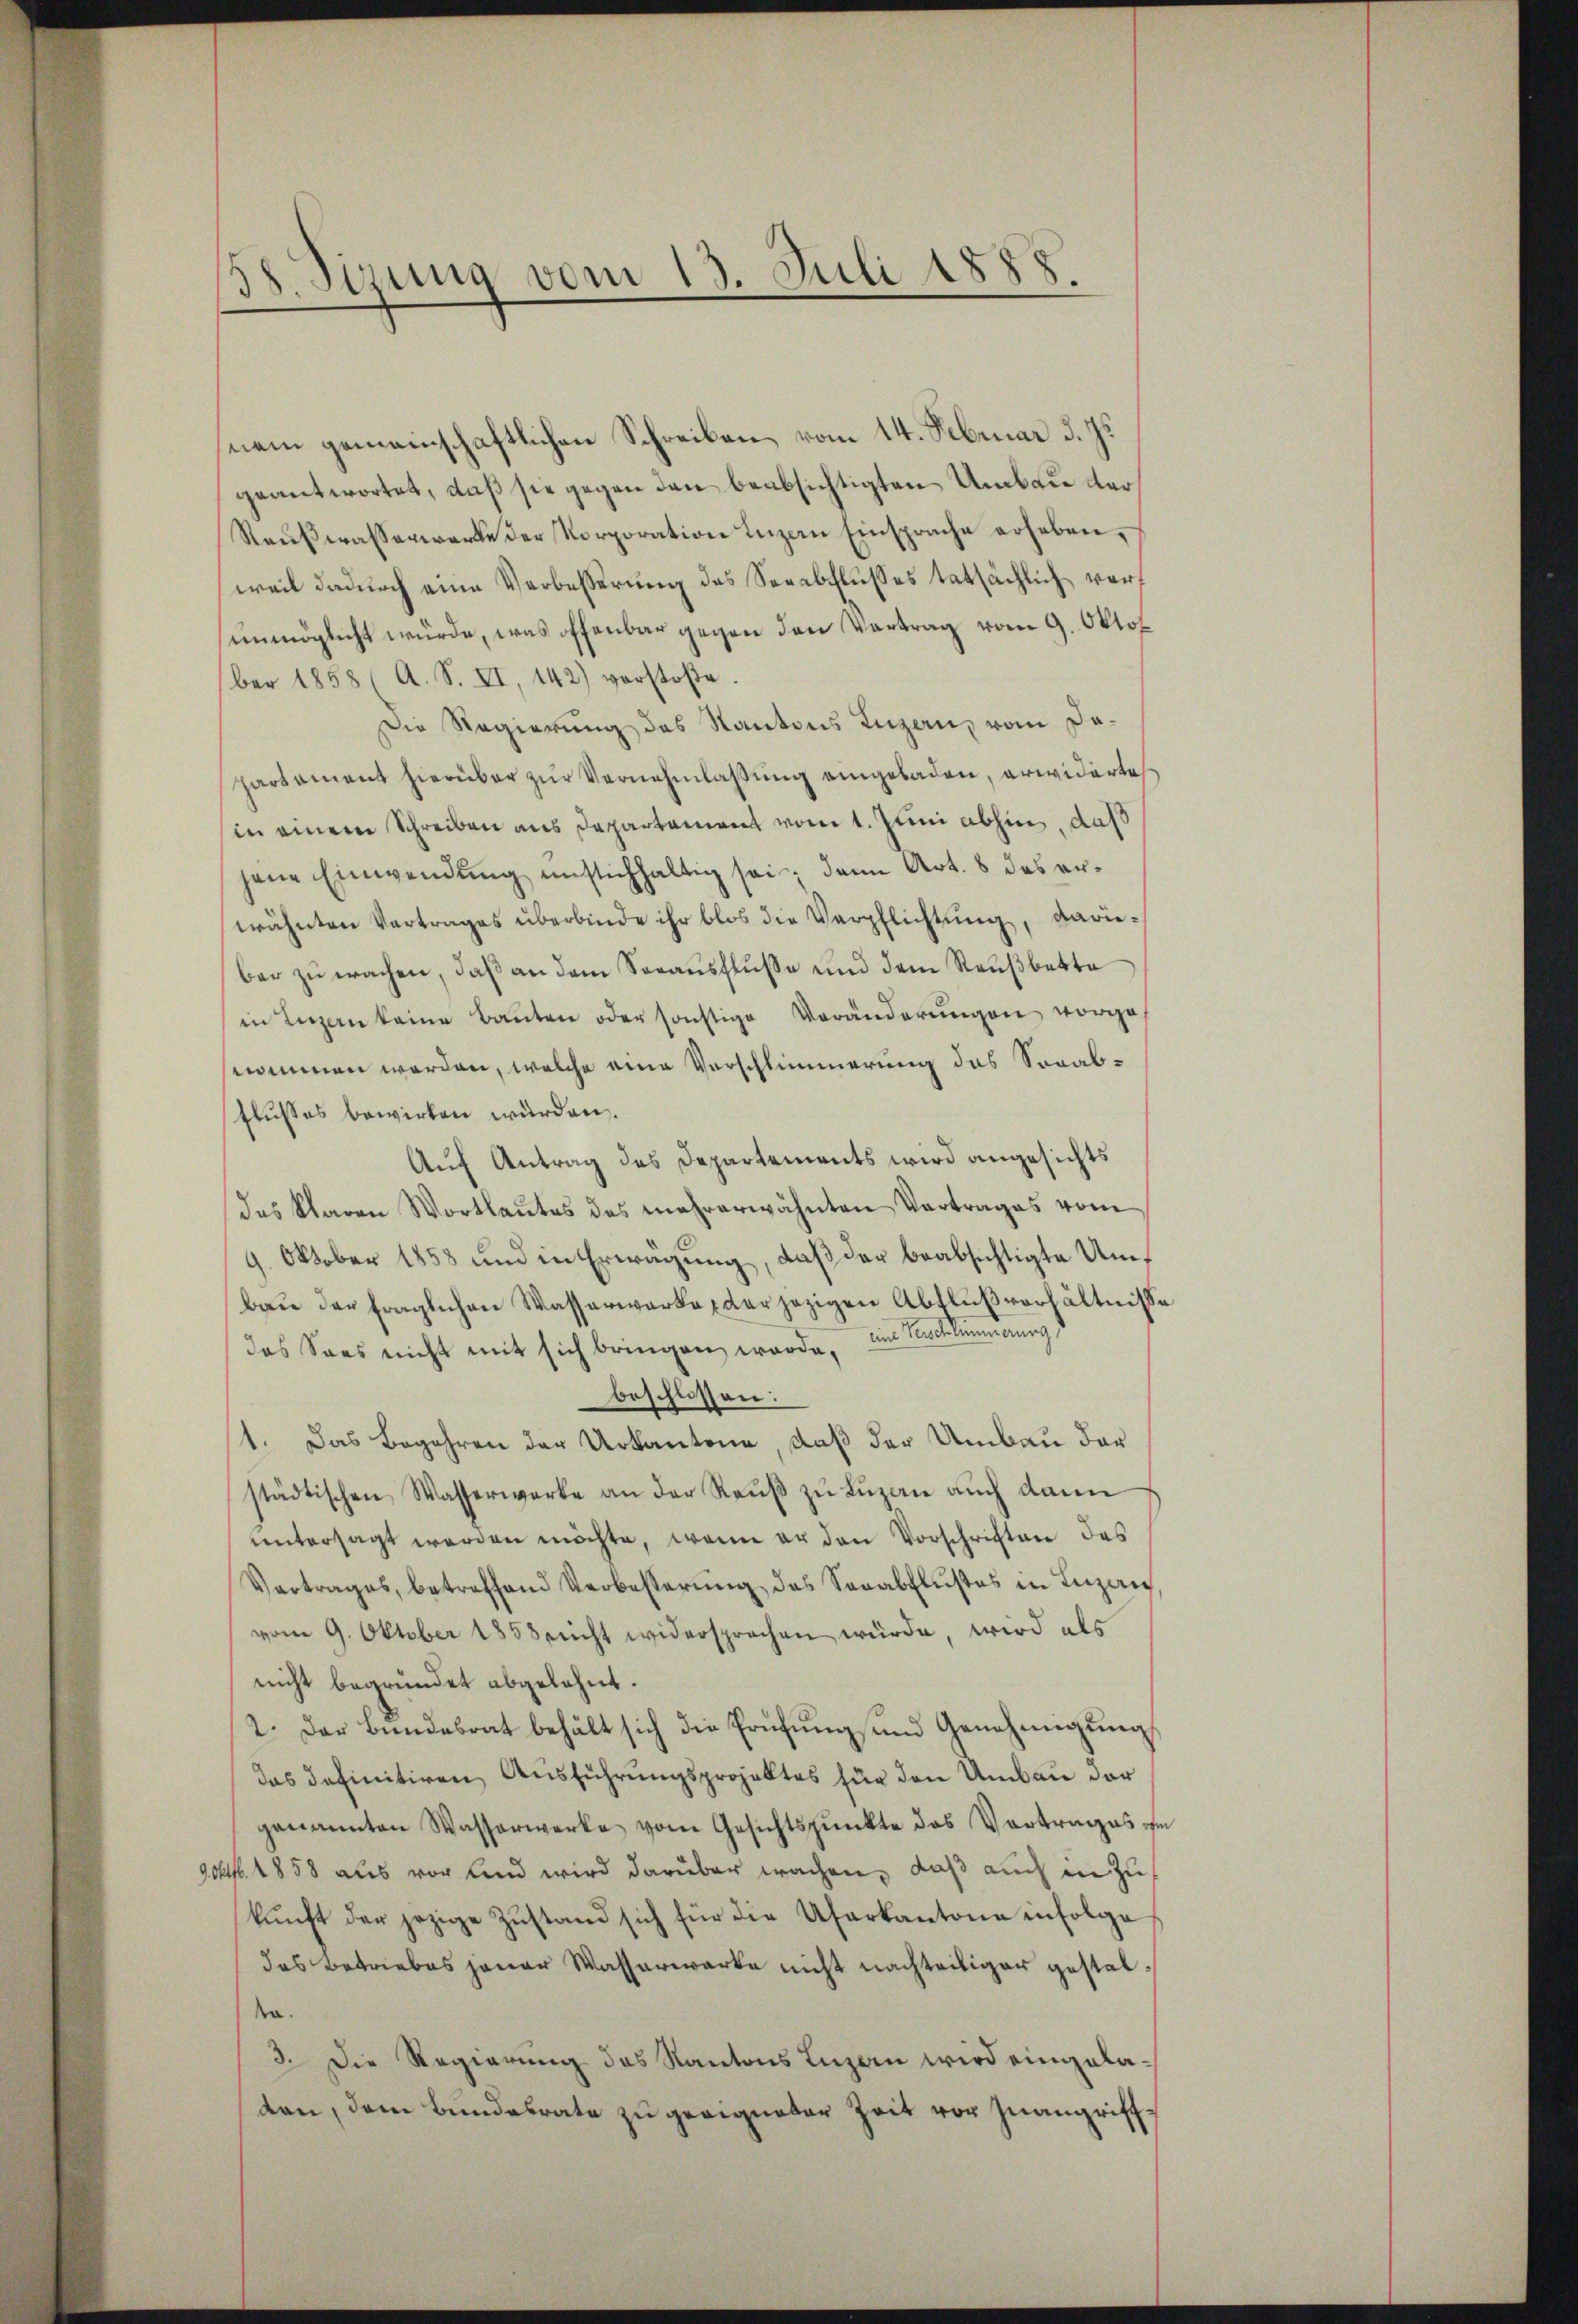
38. Sizung vom 13. Juli 1888.

nem gemeinschaftlichen Schreiben vom 14. Februar d. Js.
geantwortet, daß sie gegen den beabsichtigten Umbau der
Raŭβwasserwerke der Korporation Inzan Einsprache erheben,
weil dadurch eine Verbesserung des Serabflusses tatsächlich verf
unmöglicht würde, was offenbar gegen den Vertrag vom 9. Oktob
ber 1858 (A. S. XI, 142) vorstoße.
Die Regierung des Kantons Luzern, vom Dapartament hierüber zur Vernehmlassung eingebaden, erwidertes
in einem Schreiben aus Departement vom 1. Juni abhin, daß
jene Einwendŭng unstichhaltig sei; dann Art. 8 des erwähnten Vertrages überbinde ihr blos die Verpflichtung, dariber zu wachen, daß an dem Sorausfluße und dem Reußbette
in Luzern keine Baŭten oder sonstige Veränderŭngen vorge-
nommen worden, welche eine Vorschlimmerung das Sogabflusses bewirken wurden
Auf Antrag des Departements wird angesichts
des klaren Wortlautes des mehrerwähnten Vertrages vom
9. Oktober 1858 und in Erwägung, daß der beabsichtigte Umbau der fraglichen Wasserwerke der jezigen Abflußverhältnisse
das Sees nicht mit sich bringen werde, aus Beschlimmerung d
beschlossen:
1. Das Begehren der Urkantone, daß der Umbau dar
städtischen Wasserwerke an der Raŭβ zŭ Lŭzaṅ aŭch dann
ŭntersagt werden möchte, wenn er den Vorschriften des
Vertrages, betreffend Verbesserŭng des Serabflußes in Luzan,
vom 9. Oktober 1858 nicht widersprachen würde, wird als
nicht begründet abgelehnt.
2. Der Bundesrat behält sich die Prüfung und Genehmigung
das definitiven Ausführungsprojektes für den Umbau der
genannten Wasserwerke vom Gesichtspunkte das Vertrages ihm
904. 1858 aus vor und wird darüber wachen, daß auch in Zukŭnft der jezige Zŭstand sich für die Uferkantone infolge
das Betriebes jener Wasserwerke nicht nachteiliger gestalta.
3. Die Regierung des Kantons Luzern wird eingeladen, dem Bundesrate zu geeigneter Zeit vor Inangriff¬